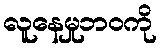
လူနေမှုဘဝကို